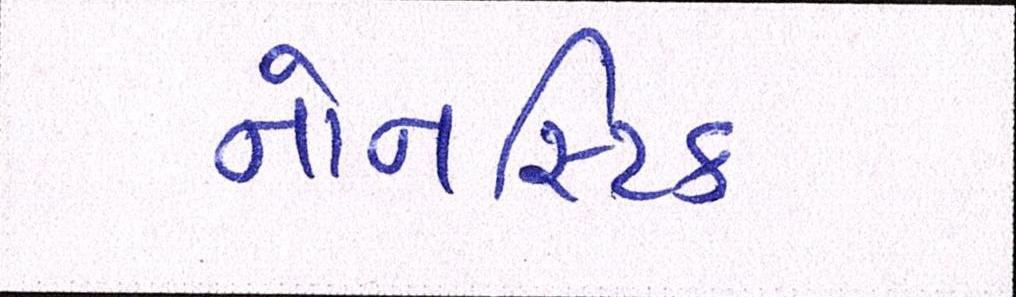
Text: નોનસ્ટિક